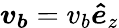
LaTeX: \boldsymbol{v_{b}}=v_{b}\boldsymbol{\hat{e}}_{z}